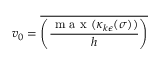
v _ { 0 } = \overline { { \left( \frac { \mathrm { ~ m ~ a ~ x ~ } ( \kappa _ { k \epsilon } ( \sigma ) ) } { h } \right) } }